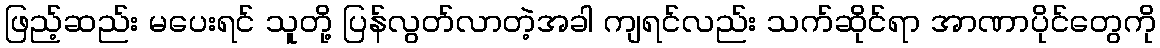
ဖြည့်ဆည်း မပေးရင် သူတို့ ပြန်လွတ်လာတဲ့အခါ ကျရင်လည်း သက်ဆိုင်ရာ အာဏာပိုင်တွေကို